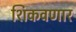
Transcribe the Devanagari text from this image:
शिकवणार